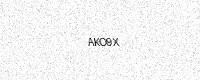
Text: AKO9X